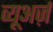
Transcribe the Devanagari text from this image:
व्यूअर्ज़